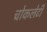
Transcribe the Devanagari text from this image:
चोकलेटी